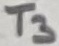
Text: T3